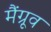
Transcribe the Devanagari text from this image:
मैंग्रूव